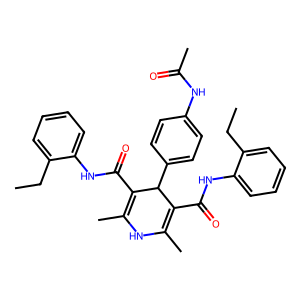
SMILES: CCc1ccccc1NC(=O)C1=C(C)NC(C)=C(C(=O)Nc2ccccc2CC)C1c1ccc(NC(C)=O)cc1
Inhibits HIV replication: No